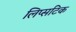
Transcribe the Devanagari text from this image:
लिप्सटिक